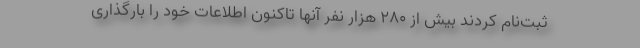
ثبت‌نام کردند بیش از ۲۸۰ هزار نفر آنها تاکنون اطلاعات خود را بارگذاری